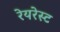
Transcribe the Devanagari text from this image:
रेयरेस्ट